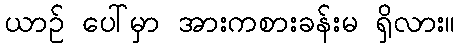
ယာဉ် ပေါ်မှာ အားကစားခန်းမ ရှိလား။